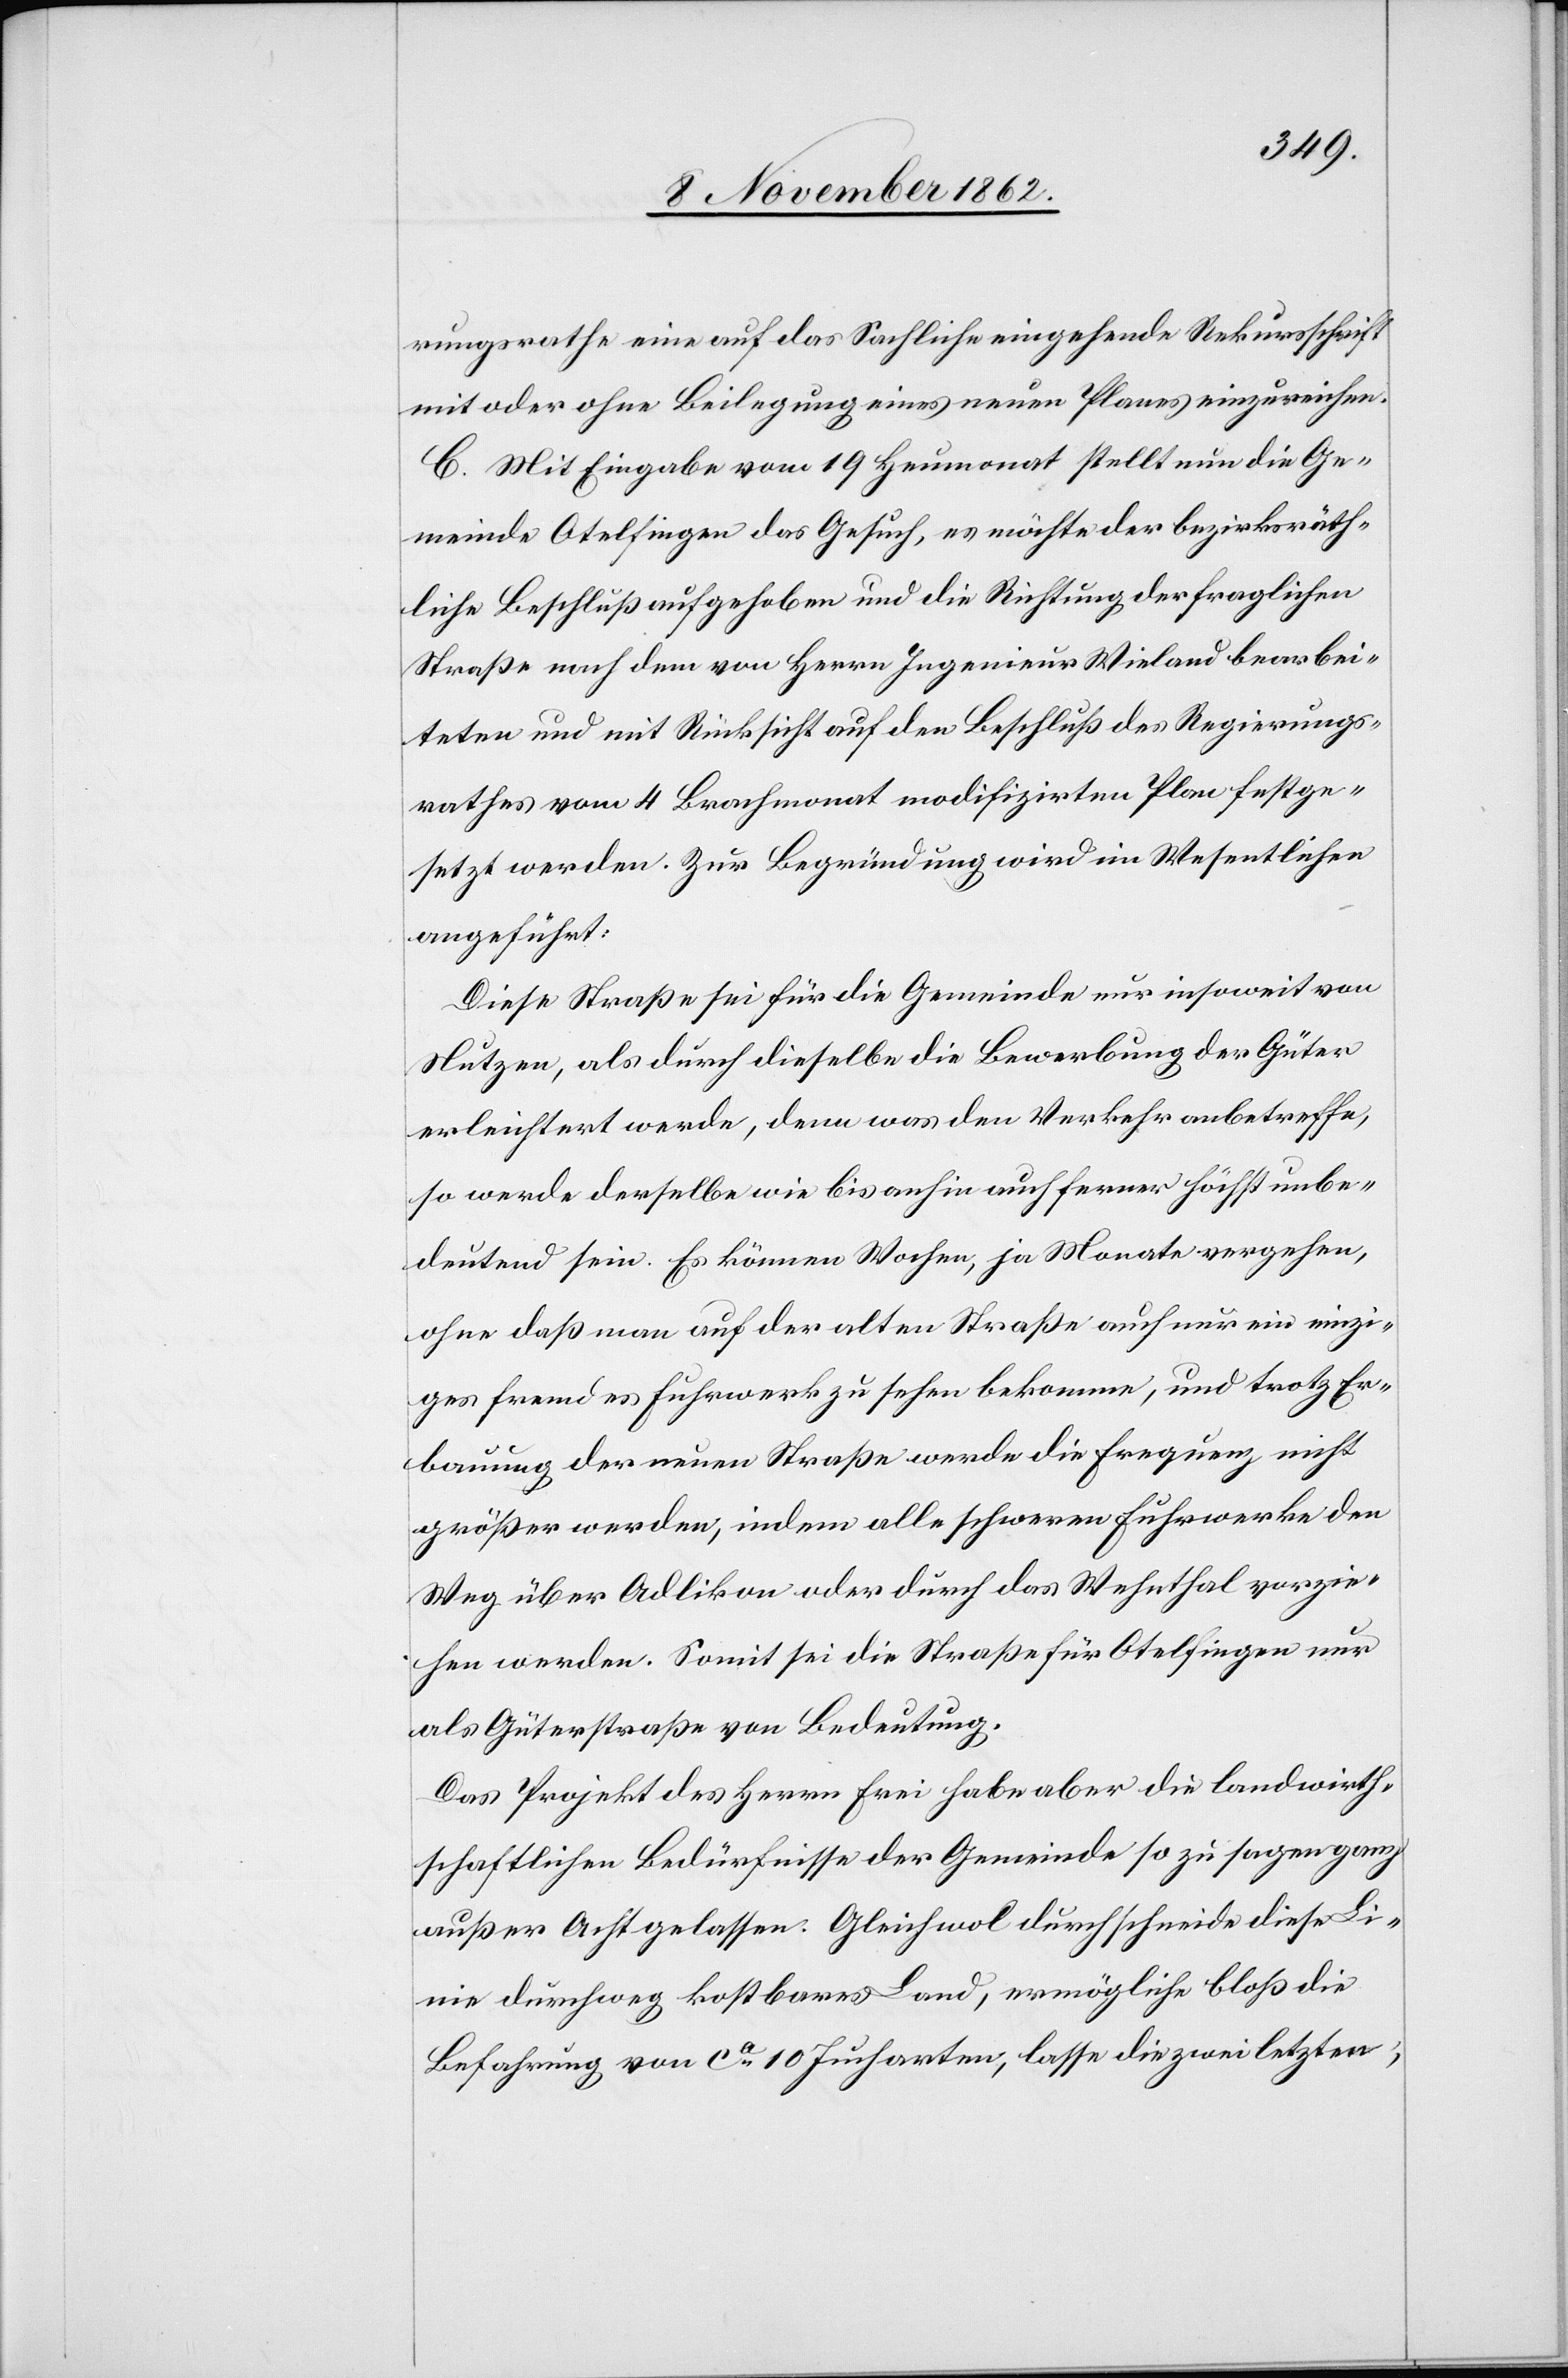
rungsrathe eine auf das Sachliche eingehende Rekursschrift
mit oder ohne Beilegung eines neuen Planes einzureichen.
C. Mit Eingabe vom 19. Heumonat stellt nun die Ge¬
meinde Otelfingen das Gesuch, es möchte der bezirksräth¬
liche Beschluß aufgehoben und die Richtung der fraglichen
Straße nach dem von Herrn Ingenieur Wieland bearbei¬
teten und mit Rücksicht auf den Beschluß des Regierungs¬
rathes vom 4. Brachmonat modifizirten Plan festge¬
setzt werden. Zur Begründung wird im Wesentlichen
angeführt:
Diese Straße sei für die Gemeinde nur insoweit von
Nutzen, als durch dieselbe die Bewerbung der Güter
erleichtert werde, denn was den Verkehr anbetreffe,
so werde derselbe wie bis anhin auch ferner höchst unbe¬
deutend sein. Es können Wochen, ja Monate vergehen,
ohne daß man auf der alten Straße auch nur ein einzi¬
ges fremdes Fuhrwerk zu sehen bekomme, und trotz Er¬
bauung der neuen Straße werde die Frequenz nicht
größer werden, indem alle schweren Fuhrwerke den
Weg über Adlikon oder durch das Wehnthal vorzie¬
hen werden. Somit sei die Straße für Otelfingen nur
als Güterstraße von Bedeutung.
Das Projekt des Herrn Frei habe aber die landwirth¬
schaftlichen Bedürfnisse der Gemeinde so zu sagen ganz
außer Acht gelassen. Gleichwol durchschneide diese Li¬
nie durchweg kostbares Land, ermögliche bloß die
Befahrung von ca 10 Jucharten, lasse die zwei letzten,